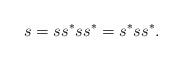
LaTeX: \begin{align*}s = s s^* ss^* = s^* s s^*.\end{align*}